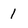
Character: 1